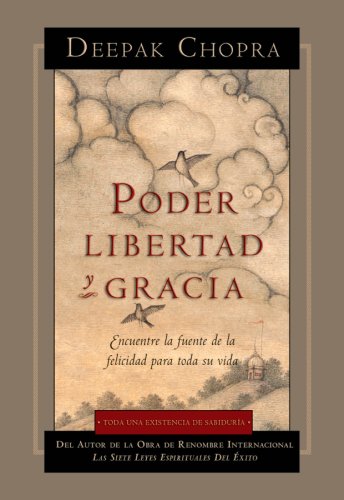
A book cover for Poder, Libertad, y Gracia (Spanish Edition); Deepak Chopra M.D.; Religion & Spirituality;